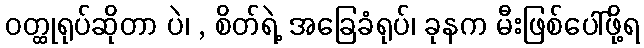
ဝတ္ထုရုပ်ဆိုတာ ပဲ၊ , စိတ်ရဲ့ အခြေခံရုပ်၊ ခုနက မီးဖြစ်ပေါ်ဖို့ရ